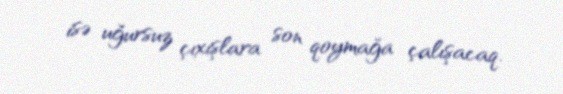
isə uğursuz çıxışlara son qoymağa çalışacaq.